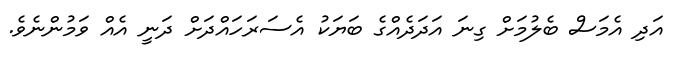
އަދި އެމަސް ބެލުމަށް ގިނަ އަދަދެއްގެ ބަޔަކު އެސަރަހައްދަށް ދަނީ އެއް ވަމުންނެވެ.